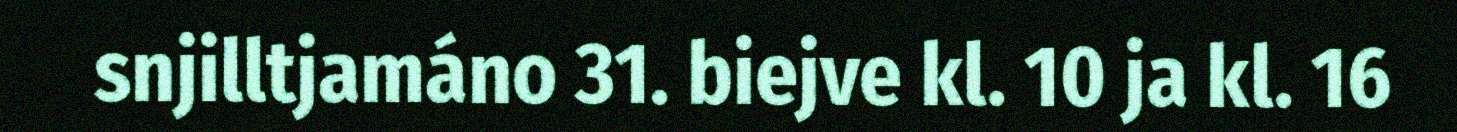
snjilltjamáno 31. biejve kl. 10 ja kl. 16